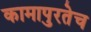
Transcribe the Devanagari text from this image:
कामापुरतेच